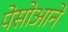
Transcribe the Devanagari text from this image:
पेसोआने